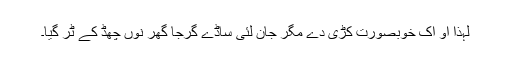
لہٰذا اُو اِک خوبصورت کُڑی دے مگر جان لئی ساڈے گرجا گھر نوں چھڈ کے ٹُر گیا۔